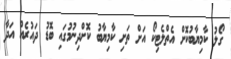
ގޯލު ކާމިޔާބުކޮށް އެތްލެޓިކޯ އަށް ތަށި ކާމިޔާބު ކޮށްދިނުމުގައި ބޮޑު ދައުރެއް އަދާ